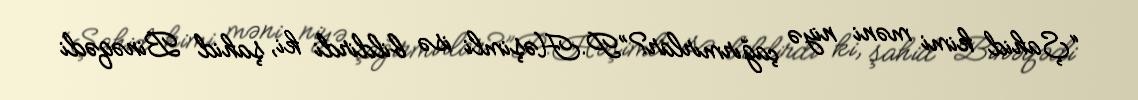
“Şahid kimi məni niyə çağırmırlar?”P.Həşimli isə bildirdi ki, şahid Binəqədi